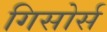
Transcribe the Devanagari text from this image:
गिसोर्स